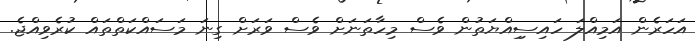
އަހަރެން އަމިއްލަ ހައިސިިއްޔަތުން ވެސް މިހާތަނަށް ވެސް ވަރަށް ގިނަ މަސައްކަތްތައް ކުރެވިއްޖެ.